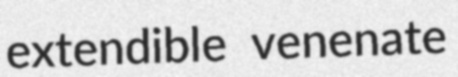
extendible venenate